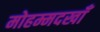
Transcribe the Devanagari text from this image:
मोहम्मदखाँ